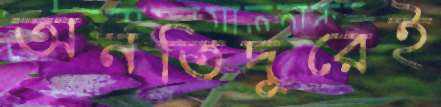
অনতিদূরেই